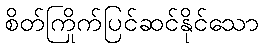
စိတ်ကြိုက်ပြင်ဆင်နိုင်သော